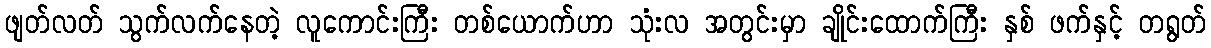
ဖျတ်လတ် သွက်လက်နေတဲ့ လူကောင်းကြီး တစ်ယောက်ဟာ သုံးလ အတွင်းမှာ ချိုင်းထောက်ကြီး နှစ် ဖက်နှင့် တရွတ်